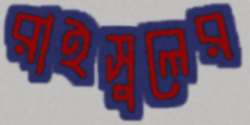
রাইসুলের